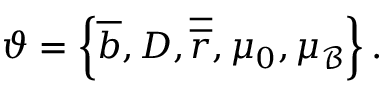
\vartheta = \left\{ \overline { { b } } , D , \overline { { \boldsymbol { \overline { { r } } } } } , \mu _ { 0 } , \mu _ { \mathcal { B } } \right\} .